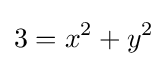
3=x^{2}+y^{2}